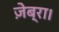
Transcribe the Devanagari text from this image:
ज़ेब्रा।